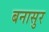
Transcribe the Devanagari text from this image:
बनासुर